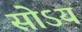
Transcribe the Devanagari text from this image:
सोऽयं